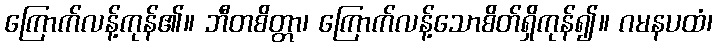
ကြောက်လန့်ကုန်၏။ ဘီတစိတ္တာ၊ ကြောက်လန့်သောစိတ်ရှိကုန်၍။ ဂမနပထံ၊